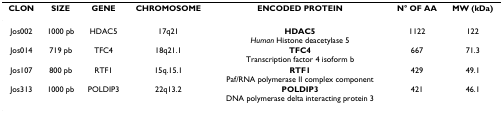
<table><thead><tr><td><b>CLON</b></td><td><b>SIZE</b></td><td><b>GENE</b></td><td><b>CHROMOSOME</b></td><td><b>ENCODED PROTEIN</b></td><td><b>N° OF AA</b></td><td><b>MW (kDa)</b></td></tr></thead><tbody><tr><td>Jos002</td><td>1000 pb</td><td>HDAC5</td><td>17q21</td><td><b>HDAC5</b><i>Human </i>Histone deacetylase 5</td><td>1122</td><td>122</td></tr><tr><td>Jos014</td><td>719 pb</td><td>TFC4</td><td>18q21.1</td><td><b>TFC4</b>Transcription factor 4 isoform b</td><td>667</td><td>71.3</td></tr><tr><td>Jos107</td><td>800 pb</td><td>RTF1</td><td>15q.15.1</td><td><b>RTF1</b>Paf/RNA polymerase II complex component</td><td>429</td><td>49.1</td></tr><tr><td>Jos313</td><td>1000 pb</td><td>POLDIP3</td><td>22q13.2</td><td><b>POLDIP3</b>DNA polymerase delta interacting protein 3</td><td>421</td><td>46.1</td></tr></tbody></table>